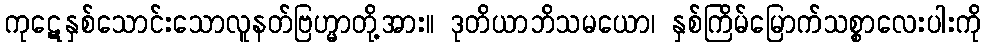
ကုဋေနှစ်သောင်းသောလူနတ်ဗြဟ္မာတို့အား။ ဒုတိယာဘိသမယော၊ နှစ်ကြိမ်မြောက်သစ္စာလေးပါးကို